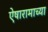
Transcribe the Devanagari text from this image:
ऐषारामाच्या